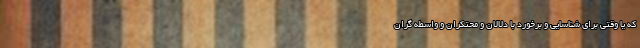
که یا وقتی برای شناسایی و برخورد با دلالان و محتکران و واسطه گران